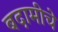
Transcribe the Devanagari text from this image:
बदामीचे